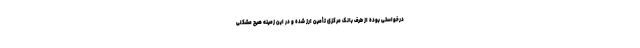
درخواستی بوده از طرف بانک مرکزی تأمین ارز شده و در این زمینه هیچ مشکلی